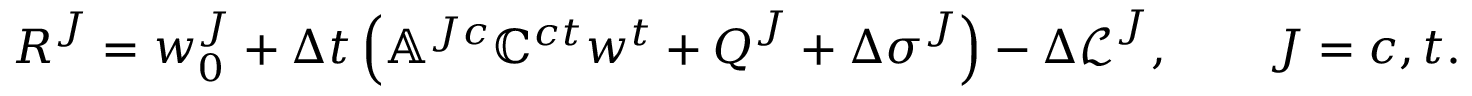
\boldsymbol { R } ^ { J } = \boldsymbol { w } _ { 0 } ^ { J } + \Delta t \left( \mathbb { A } ^ { J c } \mathbb { C } ^ { c t } \boldsymbol { w } ^ { t } + \boldsymbol { Q } ^ { J } + \boldsymbol { \Delta \sigma } ^ { J } \right) - \boldsymbol { \Delta \mathcal { L } } ^ { J } , \qquad J = c , t .